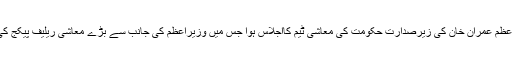
اسلام آباد میں وزیراعظم عمران خان کی زیرصدارت حکومت کی معاشی ٹیم کااجلاس ہوا جس میں وزیراعظم کی جانب سے بڑے معاشی ریلیف پیکج کی منظوری دی گئی۔